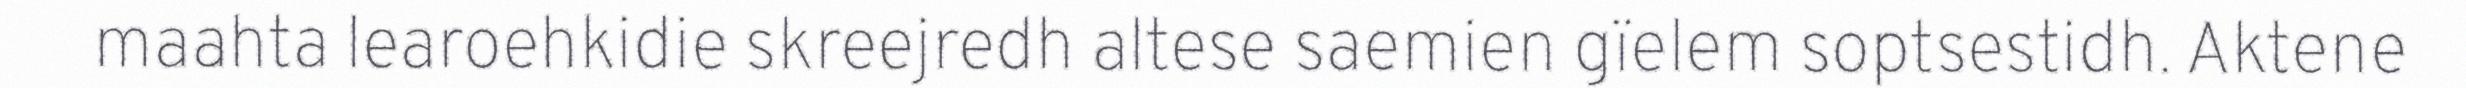
maahta learoehkidie skreejredh altese saemien gïelem soptsestidh. Aktene